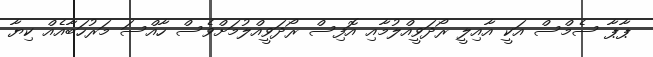
ޕާޕާ ސެމްސް އަކީ އާއިލީ ރޯދަވީއްލުމާއި އޮފިސް ރޯދަވީއްލުމަށްވެސް ހާއްސަ މަރުހަބާއެއް ކިޔާ